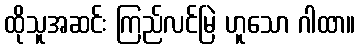
ထိုသူအဆင်း ကြည်လင်မြဲ ဟူသော ဂါထာ။